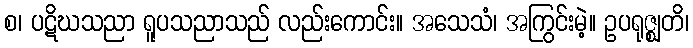
စ၊ ပဋိဃသညာ ရူပသညာသည် လည်းကောင်း။ အသေသံ၊ အကြွင်းမဲ့။ ဥပရုဇ္ဈတိ၊